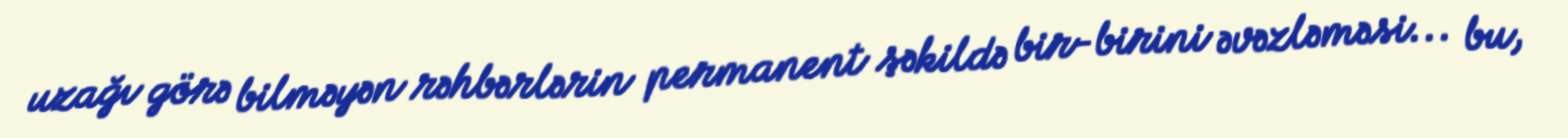
uzağı görə bilməyən rəhbərlərin permanent şəkildə bir-birini əvəzləməsi... bu,